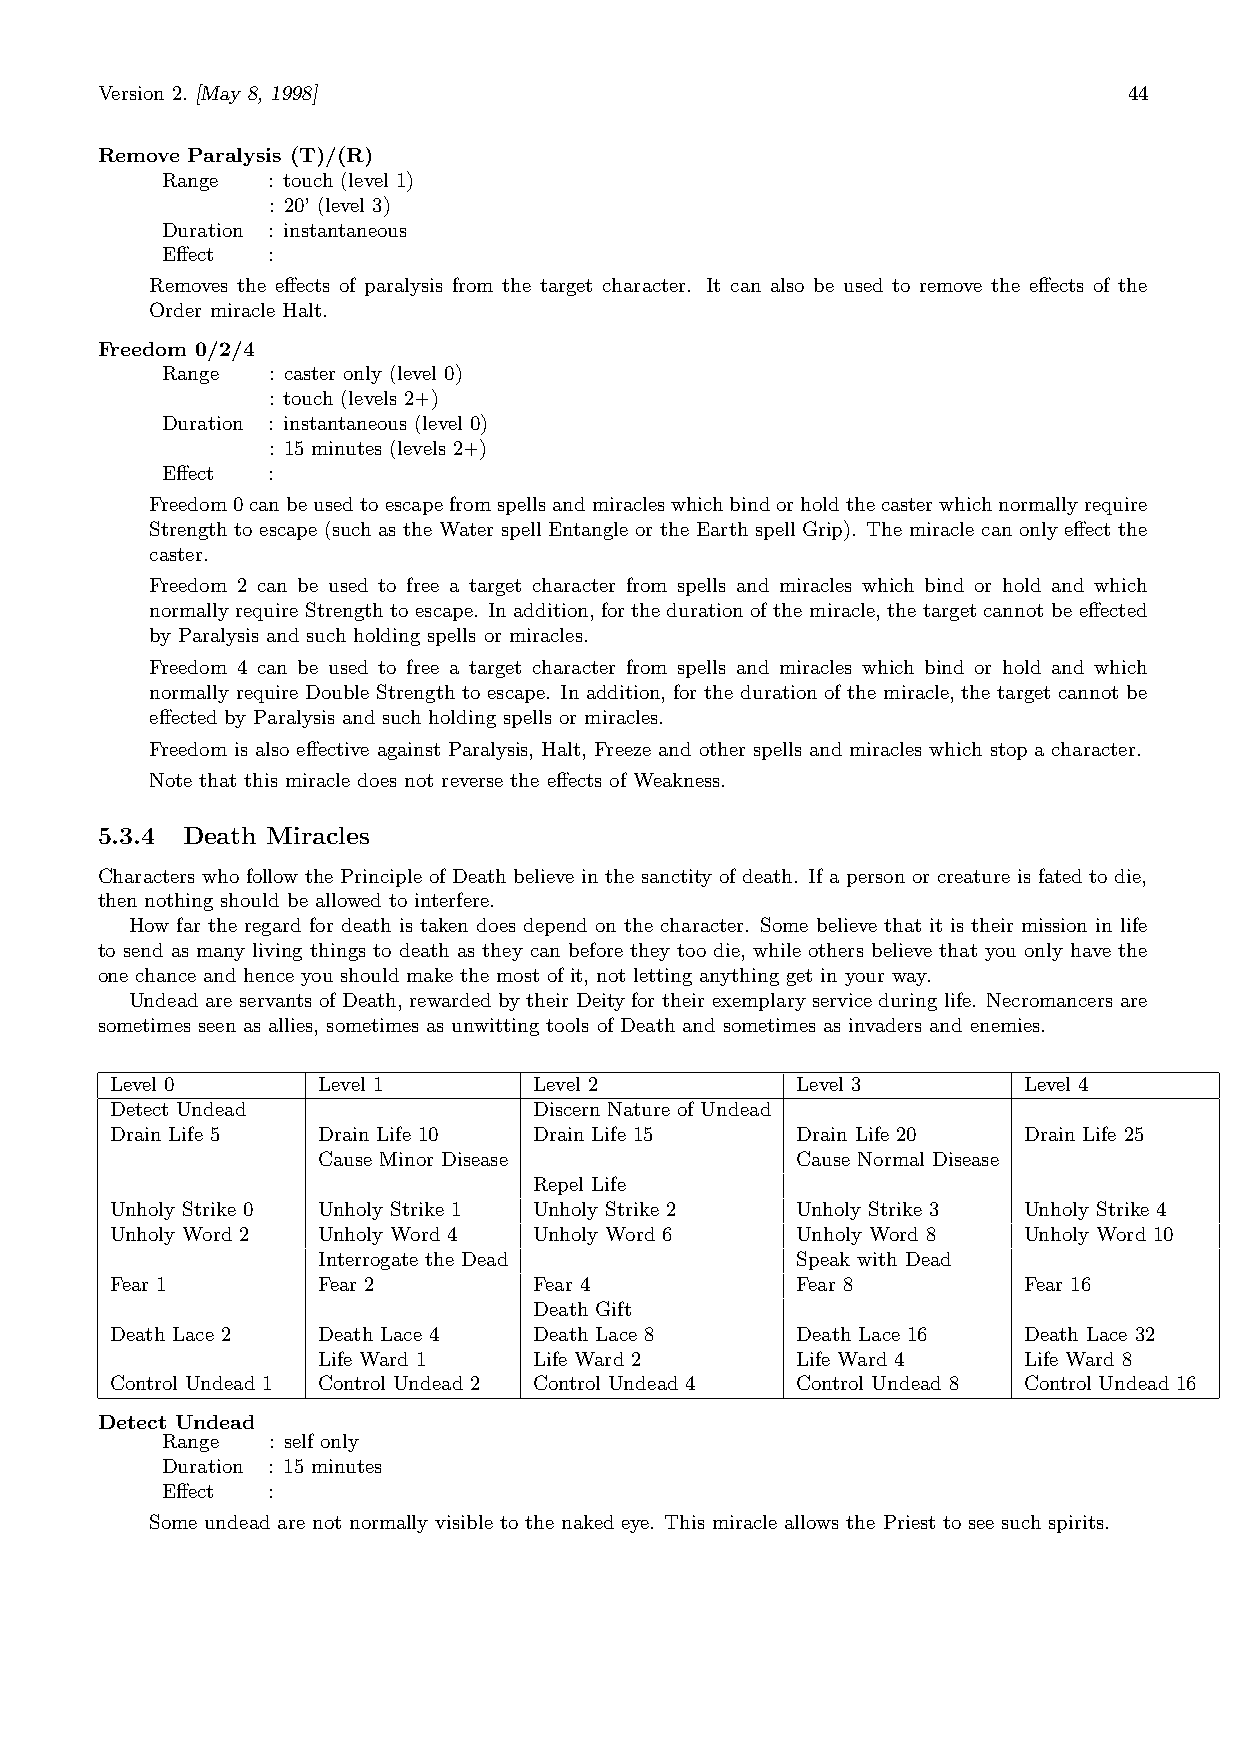
Version 2. [May 8, 1998]                                             44
 Remove Paralysis (T)/(R)
 Range  : touch (level 1)
 : 20’ (level 3)
 Duration : instantaneous
 Effect :
 Removes the effects of paralysis from the target character. It can also be used to remove the effects of the
 Order miracle Halt.
 Freedom 0/2/4
 Range  : caster only (level 0)
 : touch (levels 2+)
 Duration : instantaneous (level 0)
 : 15 minutes (levels 2+)
 Effect :
 Freedom0canbeusedtoescapefromspellsandmiracleswhichbindorholdthecasterwhichnormallyrequire
 Strength to escape (such as the Water spell Entangle or the Earth spell Grip). The miracle can only effect the
 caster.
 Freedom 2 can be used to free a target character from spells and miracles which bind or hold and which
 normally require Strength to escape. In addition, for the duration of the miracle, the target cannot be effected
 by Paralysis and such holding spells or miracles.
 Freedom 4 can be used to free a target character from spells and miracles which bind or hold and which
 normally require Double Strength to escape. In addition, for the duration of the miracle, the target cannot be
 effected by Paralysis and such holding spells or miracles.
 Freedom is also effective against Paralysis, Halt, Freeze and other spells and miracles which stop a character.
 Note that this miracle does not reverse the effects of Weakness.
 5.3.4 Death Miracles
 Characters who follow the Principle of Death believe in the sanctity of death. If a person or creature is fated to die,
 then nothing should be allowed to interfere.
 How far the regard for death is taken does depend on the character. Some believe that it is their mission in life
 to send as many living things to death as they can before they too die, while others believe that you only have the
 one chance and hence you should make the most of it, not letting anything get in your way.
 Undead are servants of Death, rewarded by their Deity for their exemplary service during life. Necromancers are
 sometimes seen as allies, sometimes as unwitting tools of Death and sometimes as invaders and enemies.
 Level 0       Level 1       Level 2           Level 3        Level 4
 Detect Undead               Discern Nature of Undead
 Drain Life 5  Drain Life 10 Drain Life 15     Drain Life 20  Drain Life 25
 Cause Minor Disease             Cause Normal Disease
 Repel Life
 Unholy Strike 0 Unholy Strike 1 Unholy Strike 2 Unholy Strike 3 Unholy Strike 4
 Unholy Word 2 Unholy Word 4 Unholy Word 6     Unholy Word 8  Unholy Word 10
 Interrogate the Dead            Speak with Dead
 Fear 1        Fear 2        Fear 4            Fear 8         Fear 16
 Death Gift
 Death Lace 2  Death Lace 4  Death Lace 8      Death Lace 16  Death Lace 32
 Life Ward 1   Life Ward 2       Life Ward 4    Life Ward 8
 Control Undead 1 Control Undead 2 Control Undead 4 Control Undead 8 Control Undead 16
 Detect Undead
 Range  : self only
 Duration : 15 minutes
 Effect :
 Some undead are not normally visible to the naked eye. This miracle allows the Priest to see such spirits.